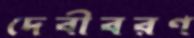
দেবীবরণ